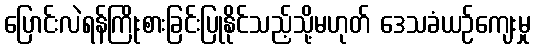
ပြောင်းလဲရန်ကြိုးစားခြင်းပြုနိုင်သည့်သို့မဟုတ် ဒေသခံယဉ်ကျေးမှု